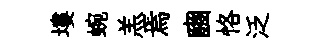
塿蜿羔焉豳恪泛